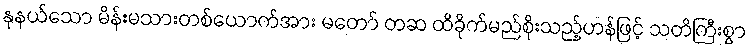
နုနယ်သော မိန်းမသားတစ်ယောက်အား မတော် တဆ ထိခိုက်မည်စိုးသည့်ဟန်ဖြင့် သတိကြီးစွာ